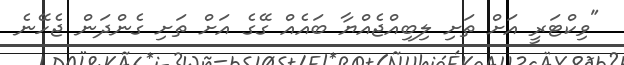
"ވިކްޓަރީ އަށް ތަށި ލިބިއްޖެއްޔާ ބައެއް ގޭގެ އަށް ތަށި ގެންދަން ޖެހޭނެ